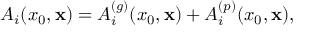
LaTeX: A _ { i } ( x _ { 0 } , { \bf x } ) = A _ { i } ^ { ( g ) } ( x _ { 0 } , { \bf x } ) + A _ { i } ^ { ( p ) } ( x _ { 0 } , { \bf x } ) ,